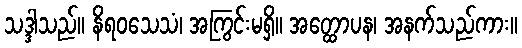
သဒ္ဒါသည်။ နိရဝသေသံ၊ အကြွင်းမရှိ။ အတ္ထောပန၊ အနက်သည်ကား။